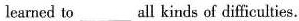
learned to___ all kinds of difficulties.